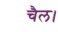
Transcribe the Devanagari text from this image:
चैल।